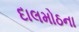
દાલમોઠના